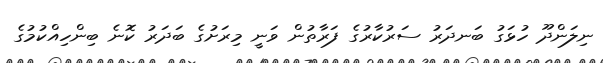
ނިލަންދޫ ހުޅަގު ބަނދަރު ސަރުކާރުގެ ފަރާތުން ވަނީ މިރަށުގެ ބަދަރު ކޮނެ ބިންހިއްކުމުގެ